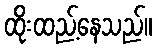
ထိုးထည့်နေသည်။